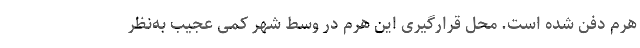
هرم دفن شده است. محل قرارگیری این هرم در وسط شهر کمی عجیب به‌نظر